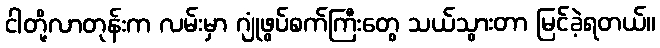
ငါတို့လာတုန်းက လမ်းမှာ ဂျုံဖွပ်စက်ကြီးတွေ သယ်သွားတာ မြင်ခဲ့ရတယ်။